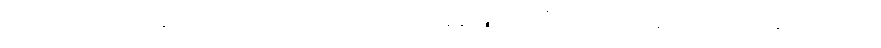
တချို့ အခြေအနေတွေမှာ မြောက်ကိုရီးယားအနေနဲ့ နျူကလီးယားလက်နက်ကို လက်ဦးမှုရယူပြီး